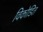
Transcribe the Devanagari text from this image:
विकोडित